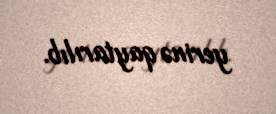
yerinə qaytarılıb.